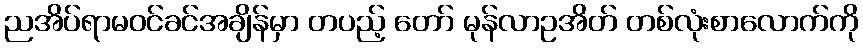
ညအိပ်ရာမဝင်ခင်အချိန်မှာ တပည့် တော် မုန်လာဥအိတ် တစ်လုံးစာလောက်ကို